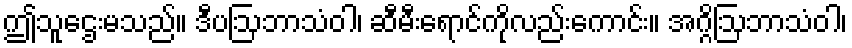
ဤသူဌေးမသည်။ ဒီပဩဘာသံဝါ၊ ဆီမီးရောင်ကိုလည်းကောင်း။ အဂ္ဂိဩဘာသံဝါ၊